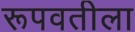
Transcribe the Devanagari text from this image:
रूपवतीला